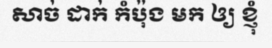
សាច់ ដាក់ កំប៉ុង មក ឲ្យ ខ្ញុំ